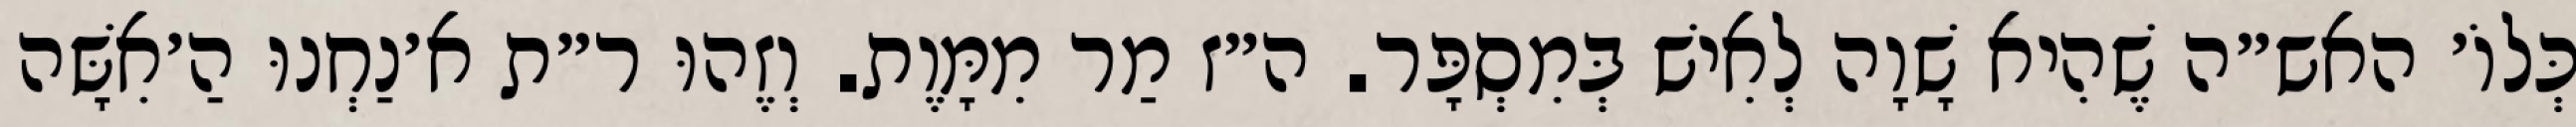
כְּלוֹ׳ האש״ה שֶׁהִיא שָׁוָה לְאִישׁ בְּמִסְפָּר. ה״ז מַר מִמָּוֶת. וְזֶהוּ ר״ת א׳נַחְנוּ הַ׳אִשָּׁה